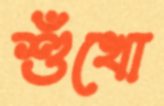
শুঁখো